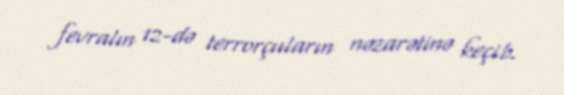
fevralın 12-də terrorçuların nəzarətinə keçib.